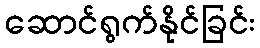
ဆောင်ရွက်နိုင်ခြင်း